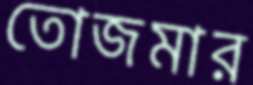
তোজমার